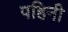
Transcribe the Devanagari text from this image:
पहिनी